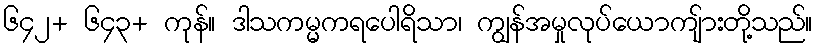
၆၄၂+ ၆၄၃+ ကုန်။ ဒါသကမ္မကရပေါရိသာ၊ ကျွန်အမှုလုပ်ယောကျ်ားတို့သည်။